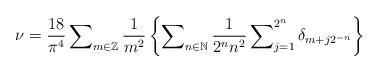
LaTeX: \begin{align*}\nu=\frac{18}{\pi^{4}}\sum\nolimits _{m\in\mathbb{Z}}\frac{1}{m^2}\left\{ \sum\nolimits _{n\in\mathbb{N}}\frac{1}{2^{n}n^{2}}\sum\nolimits_{j=1}^{2^{n}}\delta_{m+j2^{-n}}\right\}\end{align*}